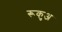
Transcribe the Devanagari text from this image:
रूकुअ